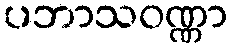
ပဘာသဝဏ္ဏာ